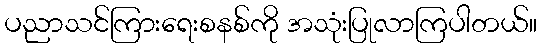
ပညာသင်ကြားရေးစနစ်ကို အသုံးပြုလာကြပါတယ်။